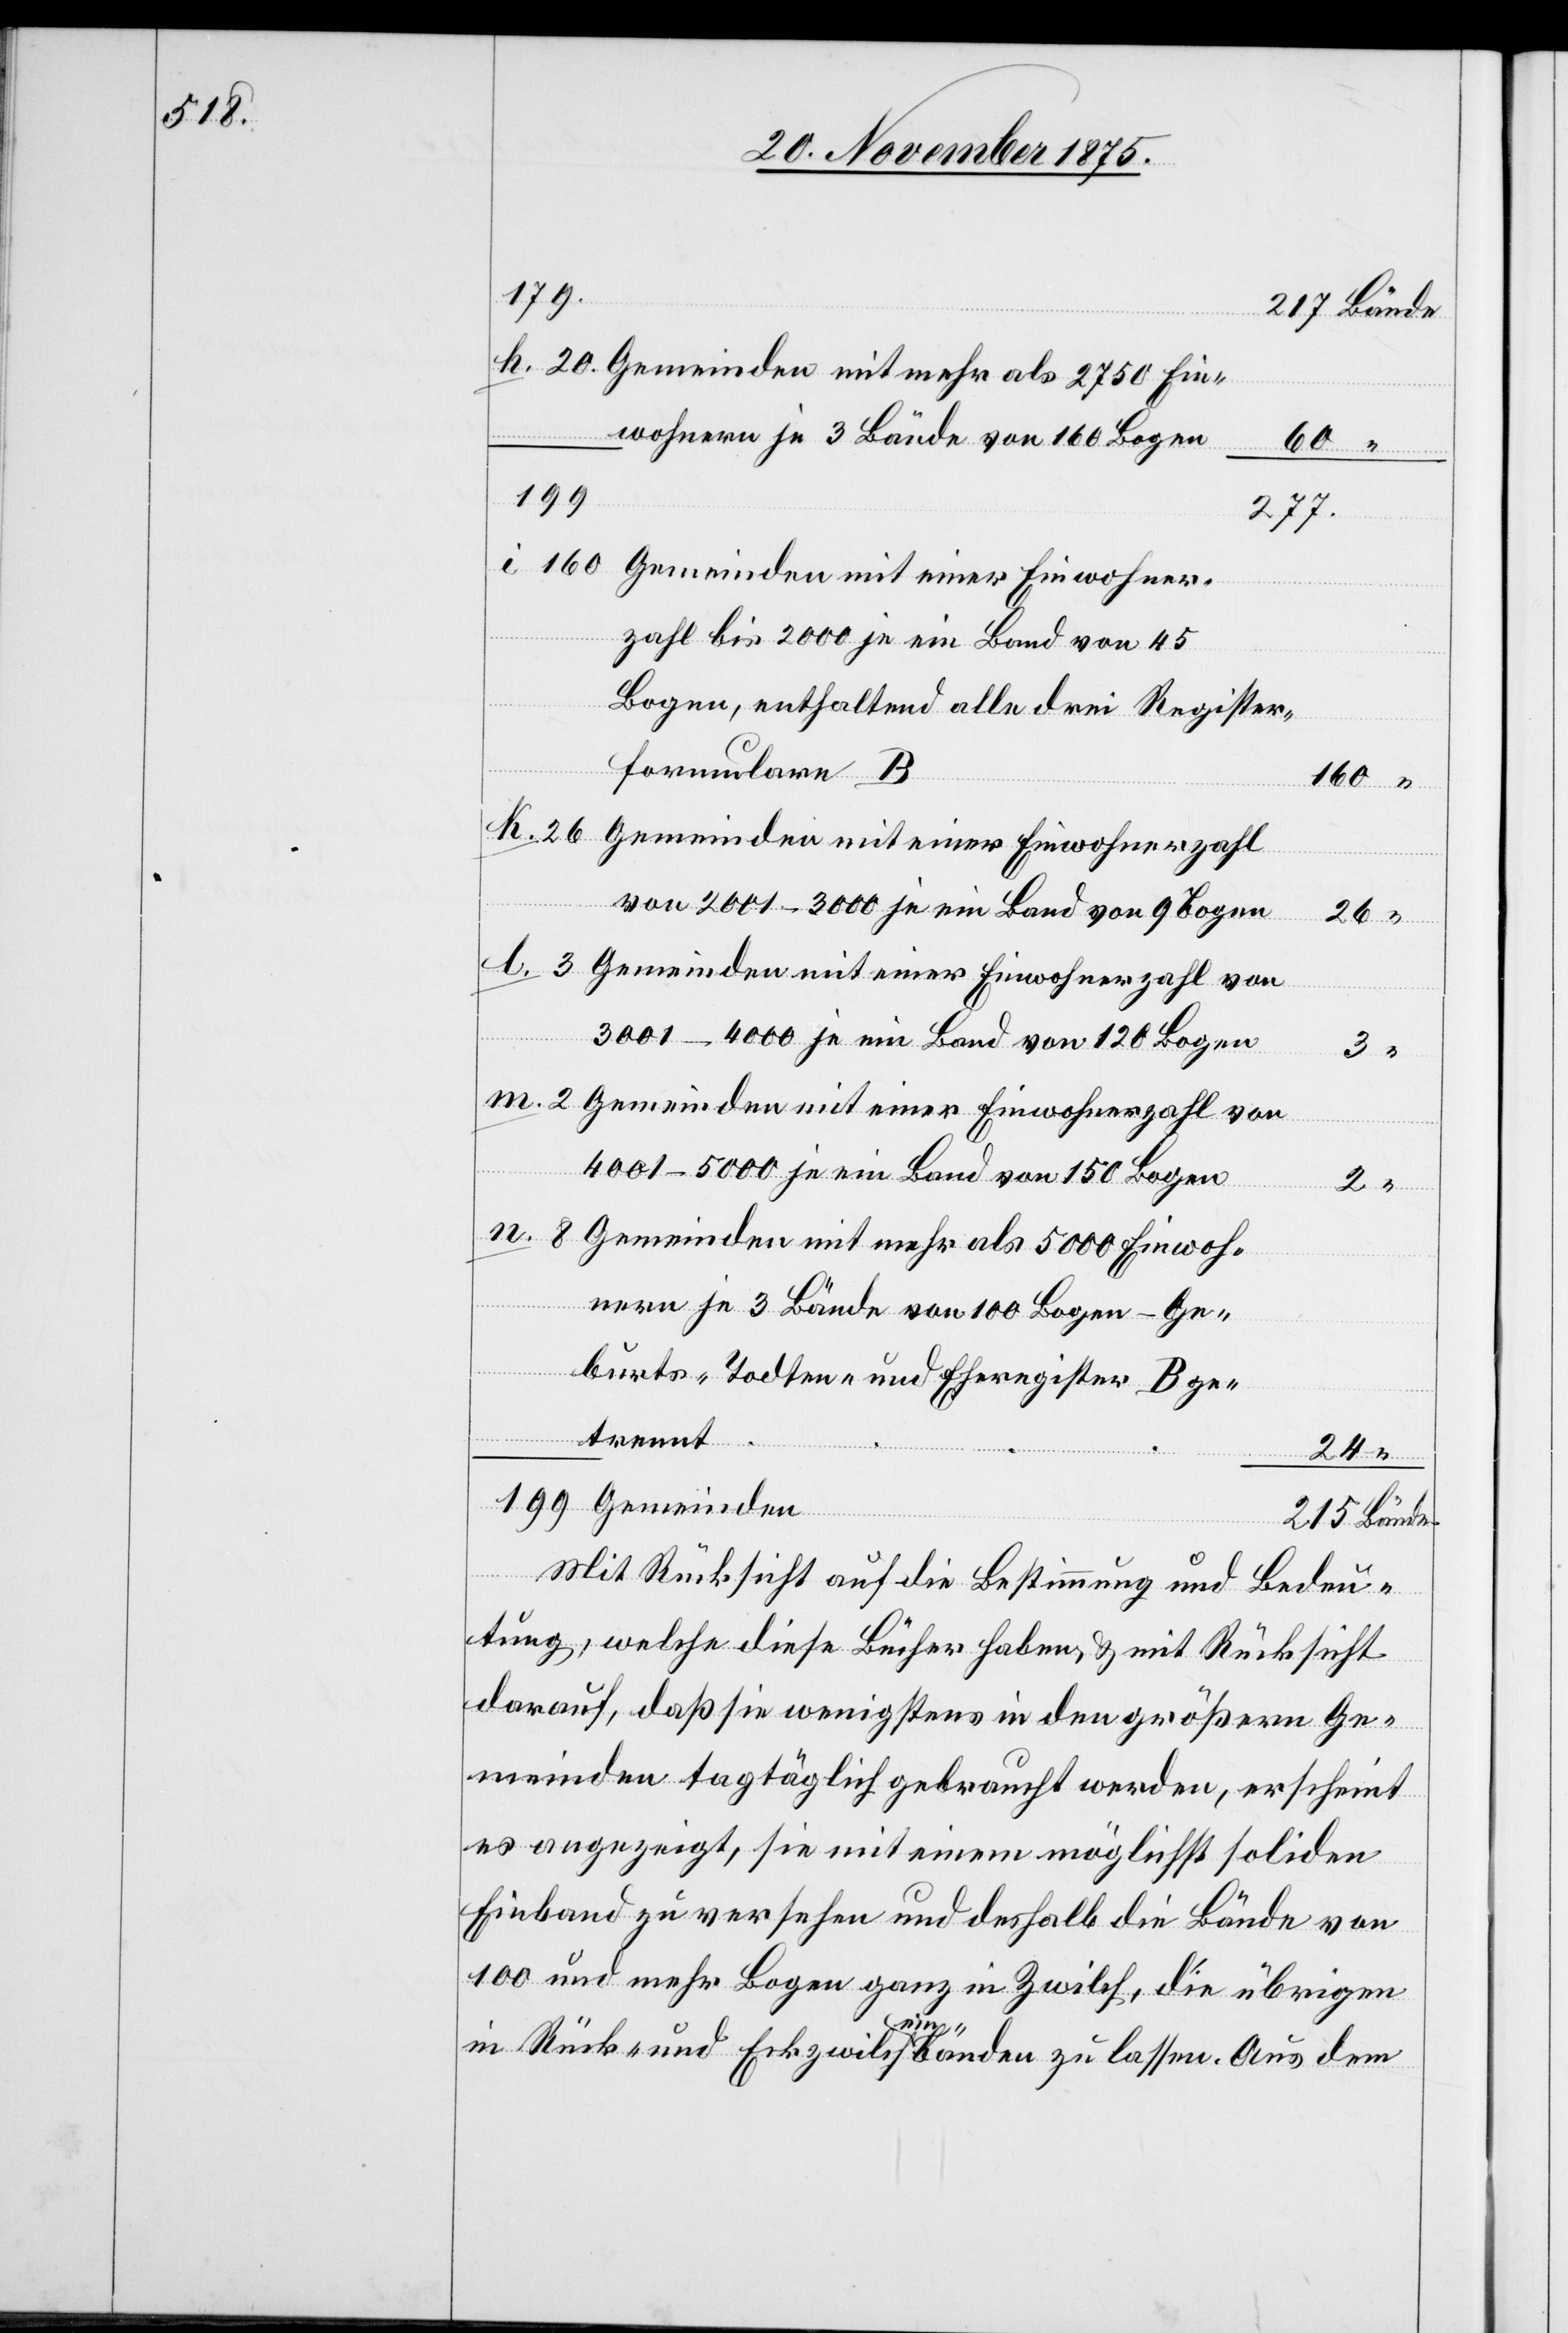
Gemeinden mit mehr als 2750 Ein¬
wohnern je 3 Bände von 160 Bogen
60
199
277.
Gemeinden mit einer Einwohner¬
zahl bis 2000 je ein Band von 45
Bogen, enthaltend alle drei Register¬
8
formulare B
160
von 2001–3000 je ein Band von 9 Bogen
den
215
3001–4000 je ein Band von 120 Bogen
3
4001–5000 je ein Band von 150 Bogen
Gemeinden mit mehr als 5000 Einwoh¬
nern je 3 Bände von 100 Bogen Ge¬
von
burts-[,] Todten- und Eheregister B ge¬
trennt
24
“
Mit Rücksicht auf die Bestimmung und Bedeu¬
tung, welche diese Bücher haben & mit Rücksicht
2
darauf, daß sie wenigstens in den größern Ge¬
meinden tagtäglich gebraucht werden, erscheint
es angezeigt, sie mit einem möglichst soliden
Einband zu versehen und deshalb die Bände von
100 und mehr Bogen ganz in Zwilch, die übrigen
Bände
in Rück- und Eckzwilcheinbänden zu lassen. Aus dem